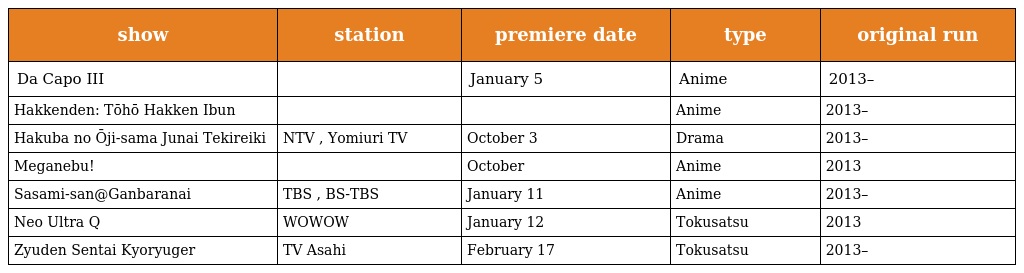
| show | station | premiere date | type | original run |
 | --- | --- | --- | --- | --- |
 | Da Capo III |  | January 5 | Anime | 2013– |
 | Hakkenden: Tōhō Hakken Ibun |  |  | Anime | 2013– |
 | Hakuba no Ōji-sama Junai Tekireiki | NTV , Yomiuri TV | October 3 | Drama | 2013– |
 | Meganebu! |  | October | Anime | 2013 |
 | Sasami-san@Ganbaranai | TBS , BS-TBS | January 11 | Anime | 2013– |
 | Neo Ultra Q | WOWOW | January 12 | Tokusatsu | 2013 |
 | Zyuden Sentai Kyoryuger | TV Asahi | February 17 | Tokusatsu | 2013– |